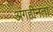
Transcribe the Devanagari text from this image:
अंगहीनता